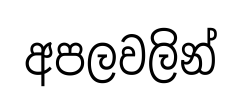
අපලවලින්